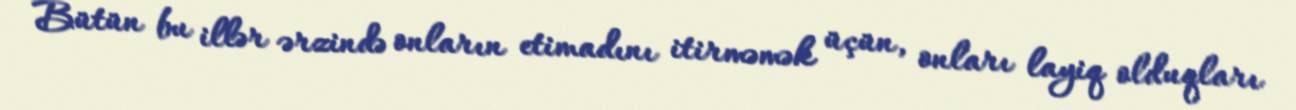
Bütün bu illər ərzində onların etimadını itirməmək üçün, onları layiq olduqları